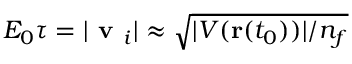
E _ { 0 } \tau = | \textbf { v } _ { i } | \approx \sqrt { | V ( \mathbf { r } ( t _ { 0 } ) ) | / n _ { f } }